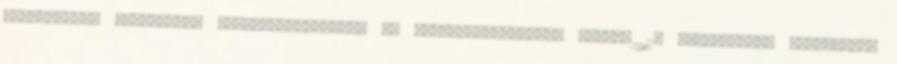
Olaszország hadüzenete Nagy-Britanniának és Franciaországnak. június 11. Olaszország megtámadja